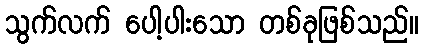
သွက်လက် ပေါ့ပါးသော တစ်ခုဖြစ်သည်။